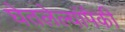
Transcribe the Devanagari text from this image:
घेतलेल्यांपैकी